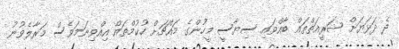
ދެ ދަޅަޔަށް ޝަރީއަތްތައް ބާއްވައި ސިޔާސީ މީހުންގެ މައްޗަށް ހުކުމްތައް އިއްވިނަމަވެސް މަރާލެވުނު